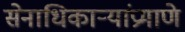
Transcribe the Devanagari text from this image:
सेनाधिकार्‍यांप्रमाणे